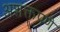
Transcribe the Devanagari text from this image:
अशक्तपणे